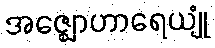
အဇ္ဈောဟာရေယျုံ